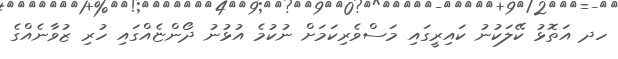
ހދ އަތޮޅު ކޭލަކުނު ކައިރީގައި މަސްވެރިކަމަށް ނުކުމެ އުޅުނު ދޯންޏެއްގައި ހުރި ޒުވާނެއްގެ